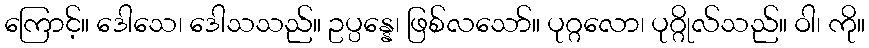
ကြောင့်။ ဒေါသေ၊ ဒေါသသည်။ ဥပ္ပန္နေ၊ ဖြစ်လသော်။ ပုဂ္ဂလော၊ ပုဂ္ဂိုလ်သည်။ ဝါ၊ ကို။